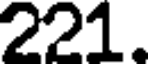
221.